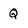
Character: Q